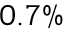
0 . 7 \%